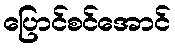
ပြောင်စင်အောင်